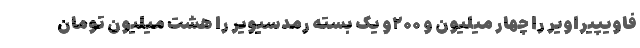
فاویپیراویر را چهار میلیون و ۲۰۰و یک بسته رمدسیویر را هشت میلیون تومان